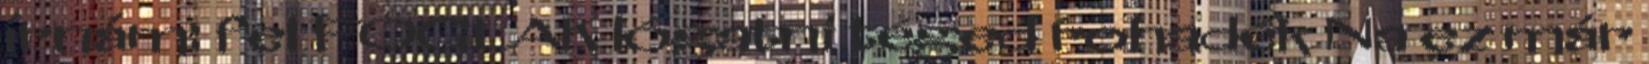
írnám: fel FOGLAK lógatni téged rohadék Na ez már